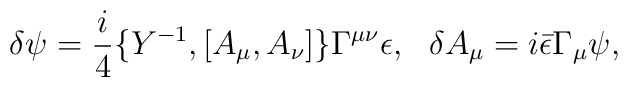
\delta\psi=\frac{i}{4}\{Y^{-1},[A_\mu,A_\nu]\}\Gamma^{\mu\nu}\epsilon,~~\delta A_\mu=i\bar{\epsilon}\Gamma_\mu\psi,